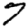
Digit: 7